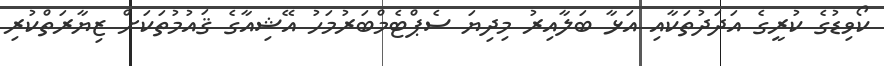
ކޯވިޑުގެ ކުރީގެ އަދަދުތަކާއި އަޅާ ބަލާއިރު މިދިޔަ ސެޕްޓެމްބަރުމަހު އޭޝިއާގެ ޤައުމުތަކަށް ޒިޔާރަތްކުރި